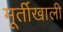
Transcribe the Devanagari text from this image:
मूर्तीखाली